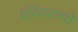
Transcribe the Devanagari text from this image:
परिवारामधे